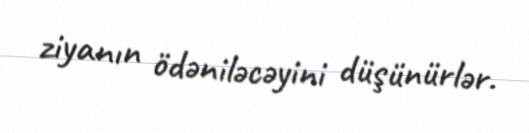
ziyanın ödəniləcəyini düşünürlər.